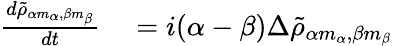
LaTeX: \begin{array}{rl}{\frac{d\tilde{\rho}_{\alpha m_{\alpha},\beta m_{\beta}}}{dt}}&{{}=i(\alpha-\beta)\Delta\tilde{\rho}_{\alpha m_{\alpha},\beta m_{\beta}}}\end{array}